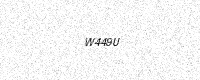
Text: W449U